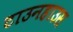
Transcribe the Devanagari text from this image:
टाउनहाउस